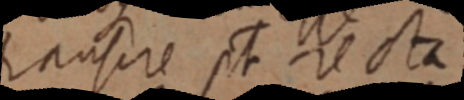
rausere st resta